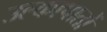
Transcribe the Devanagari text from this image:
उल्कापातों